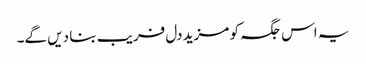
یہ اس جگہ کو مزید دل فریب بنا دیں گے۔